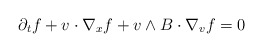
\begin{align*}\partial_t f+v\cdot \nabla_x f+ v\wedge B \cdot \nabla_v f=0\end{align*}